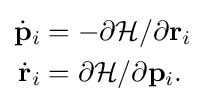
{\begin{aligned}{\dot {\mathbf {p} }}_{i}&=-\partial {\mathcal {H}}/\partial \mathbf {r} _{i}\\{\dot {\mathbf {r} }}_{i}&=\partial {\mathcal {H}}/\partial \mathbf {p} _{i}.\end{aligned}}